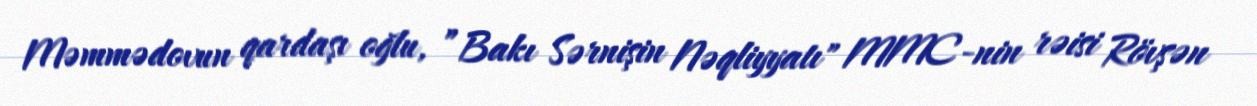
Məmmədovun qardaşı oğlu, ”Bakı Sərnişin Nəqliyyatı" MMC-nin rəisi Rövşən